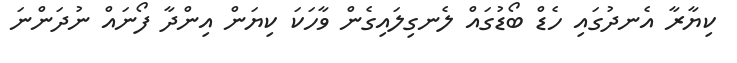
ކިޔާރާ އެނދުގައި ހެޑް ބޯޑުގައް ލެނގިލައިގެން ވާހަކަ ކިޔަން އިންދާ ފޯނައް ނުދަންނަ